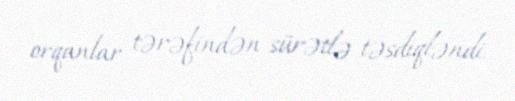
orqanlar tərəfindən sürətlə təsdiqləndi.